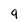
Character: 9